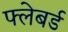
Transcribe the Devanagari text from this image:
फ्लेबर्ड